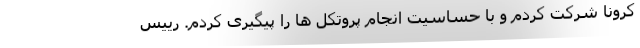
کرونا شرکت کردم و با حساسیت انجام پروتکل ها را پیگیری کردم. رییس